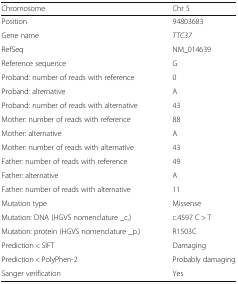
<table><thead><tr><td><b>Chromosome</b></td><td><b>Chr 5</b></td></tr></thead><tbody><tr><td>Position</td><td>94803683</td></tr><tr><td>Gene name</td><td><i>TTC37</i></td></tr><tr><td>RefSeq</td><td>NM_014639</td></tr><tr><td>Reference sequence</td><td>G</td></tr><tr><td>Proband: number of reads with reference</td><td>0</td></tr><tr><td>Proband: alternative</td><td>A</td></tr><tr><td>Proband: number of reads with alternative</td><td>43</td></tr><tr><td>Mother: number of reads with reference</td><td>88</td></tr><tr><td>Mother: alternative</td><td>A</td></tr><tr><td>Mother: number of reads with alternative</td><td>43</td></tr><tr><td>Father: number of reads with reference</td><td>49</td></tr><tr><td>Father: alternative</td><td>A</td></tr><tr><td>Father: number of reads with alternative</td><td>11</td></tr><tr><td>Mutation type</td><td>Missense</td></tr><tr><td>Mutation: DNA (HGVS nomenclature _c.)</td><td>c.4597 C &gt; T</td></tr><tr><td>Mutation: protein (HGVS nomenclature _p.)</td><td>R1503C</td></tr><tr><td>Prediction &lt; SIFT</td><td>Damaging</td></tr><tr><td>Prediction &lt; PolyPhen-2</td><td>Probably damaging</td></tr><tr><td>Sanger verification</td><td>Yes</td></tr></tbody></table>